Insane asylums in Bengal annual reports 1867-1875 - 1867-1875
Year: 1867
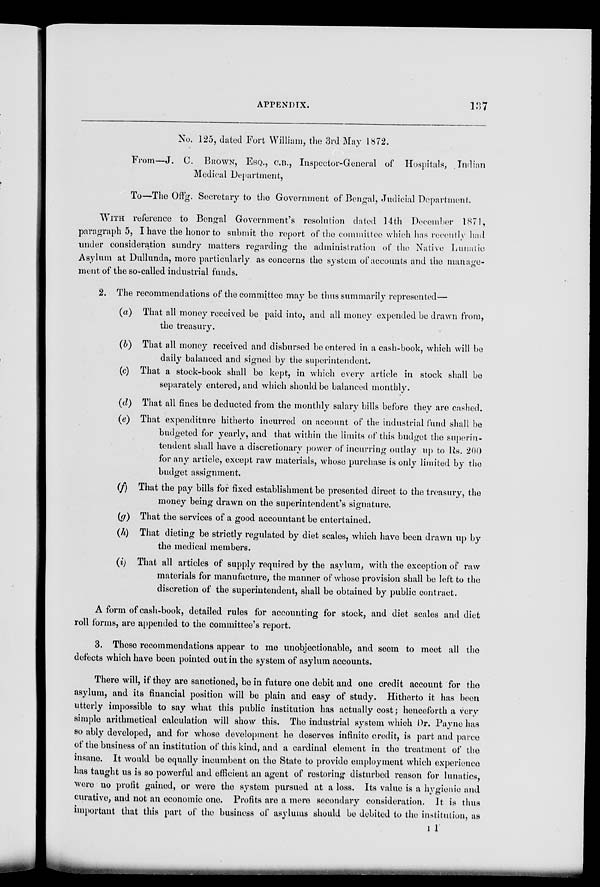
APPENDIX.
137
No. 125, dated Fort William, the 3rd May 1872.
From—J. C. BROWN, ESQ., C.B., Inspector-General of Hospitals, Indian
Medical Department,
To—The Offg. Secretary to the Government of Bengal, Judicial Department.
WITH
reference to Bengal Government's resolution dated 14th December 1871,
paragraph 5, I have the honor to submit the report of the committee which has recently had
under consideration sundry matters regarding the administration of the Native Lunatic
Asylum at Dullunda, more particularly as concerns the system of accounts and the manage-
ment of the so-called industrial funds.
2. The recommendations of the committee may be thus summarily represented—
(a) That all money received be paid into, and all money expended be drawn from,
the treasury.
(b) That all money received and disbursed be entered in a cash-book, which will be
daily balanced and signed by the superintendent.
(c) That a stock-book shall be kept, in which every article in stock shall be
separately entered, and which should be balanced monthly.
(d) That all fines be deducted from the monthly salary bills before they are cashed.
(e) That expenditure hitherto incurred on account of the industrial fund shall be
budgeted for yearly, and that within the limits of this budget the superin-
tendent shall have a discretionary power of incurring outlay up to Rs. 200
for any article, except raw materials, whose purchase is only limited by the
budget assignment.
(f) That the pay bills for fixed establishment be presented direct to the treasury, the
money being drawn on the superintendent's signature.
(g) That the services of a good accountant be entertained.
(h) That dieting be strictly regulated by diet scales, which have been drawn up by
the medical members.
(i) That all articles of supply required by the asylum, with the exception of raw
materials for manufacture, the manner of whose provision shall be left to the
discretion of the superintendent, shall be obtained by public contract.
A form of cash-book, detailed rules for accounting for stock, and diet scales and diet
roll forms, are appended to the committee's report.
3. These recommendations appear to me unobjectionable, and seem to meet all the
defects which have been pointed out in the system of asylum accounts.
There will, if they are sanctioned, be in future one debit and one credit account for the
asylum, and its financial position will be plain and easy of study. Hitherto it has been
utterly impossible to say what this public institution has actually cost; henceforth a very
simple arithmetical calculation will show this. The industrial system which Dr. Payne has
so ably developed, and for whose development he deserves infinite credit, is part and parce
of the business of an institution of this kind, and a cardinal element in the treatment of the
insane. It would be equally incumbent on the State to provide employment which experience
has taught us is so powerful and efficient an agent of restoring disturbed reason for lunatics,
were no profit gained, or were the system pursued at a loss. Its value is a hygienic and
curative, and not an economic one. Profits are a mere secondary consideration. It is thus
important that this part of the business of asylums should be debited to the institution, as
11